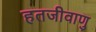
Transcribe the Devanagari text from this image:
हतजीवाणु